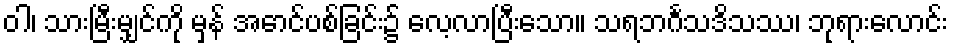
ဝါ၊ သားမြီးမျှင်ကို မှန် အောင်ပစ်ခြင်း၌ လေ့လာပြီးသော။ သရဘင်္ဂသဒိသဿ၊ ဘုရားလောင်း